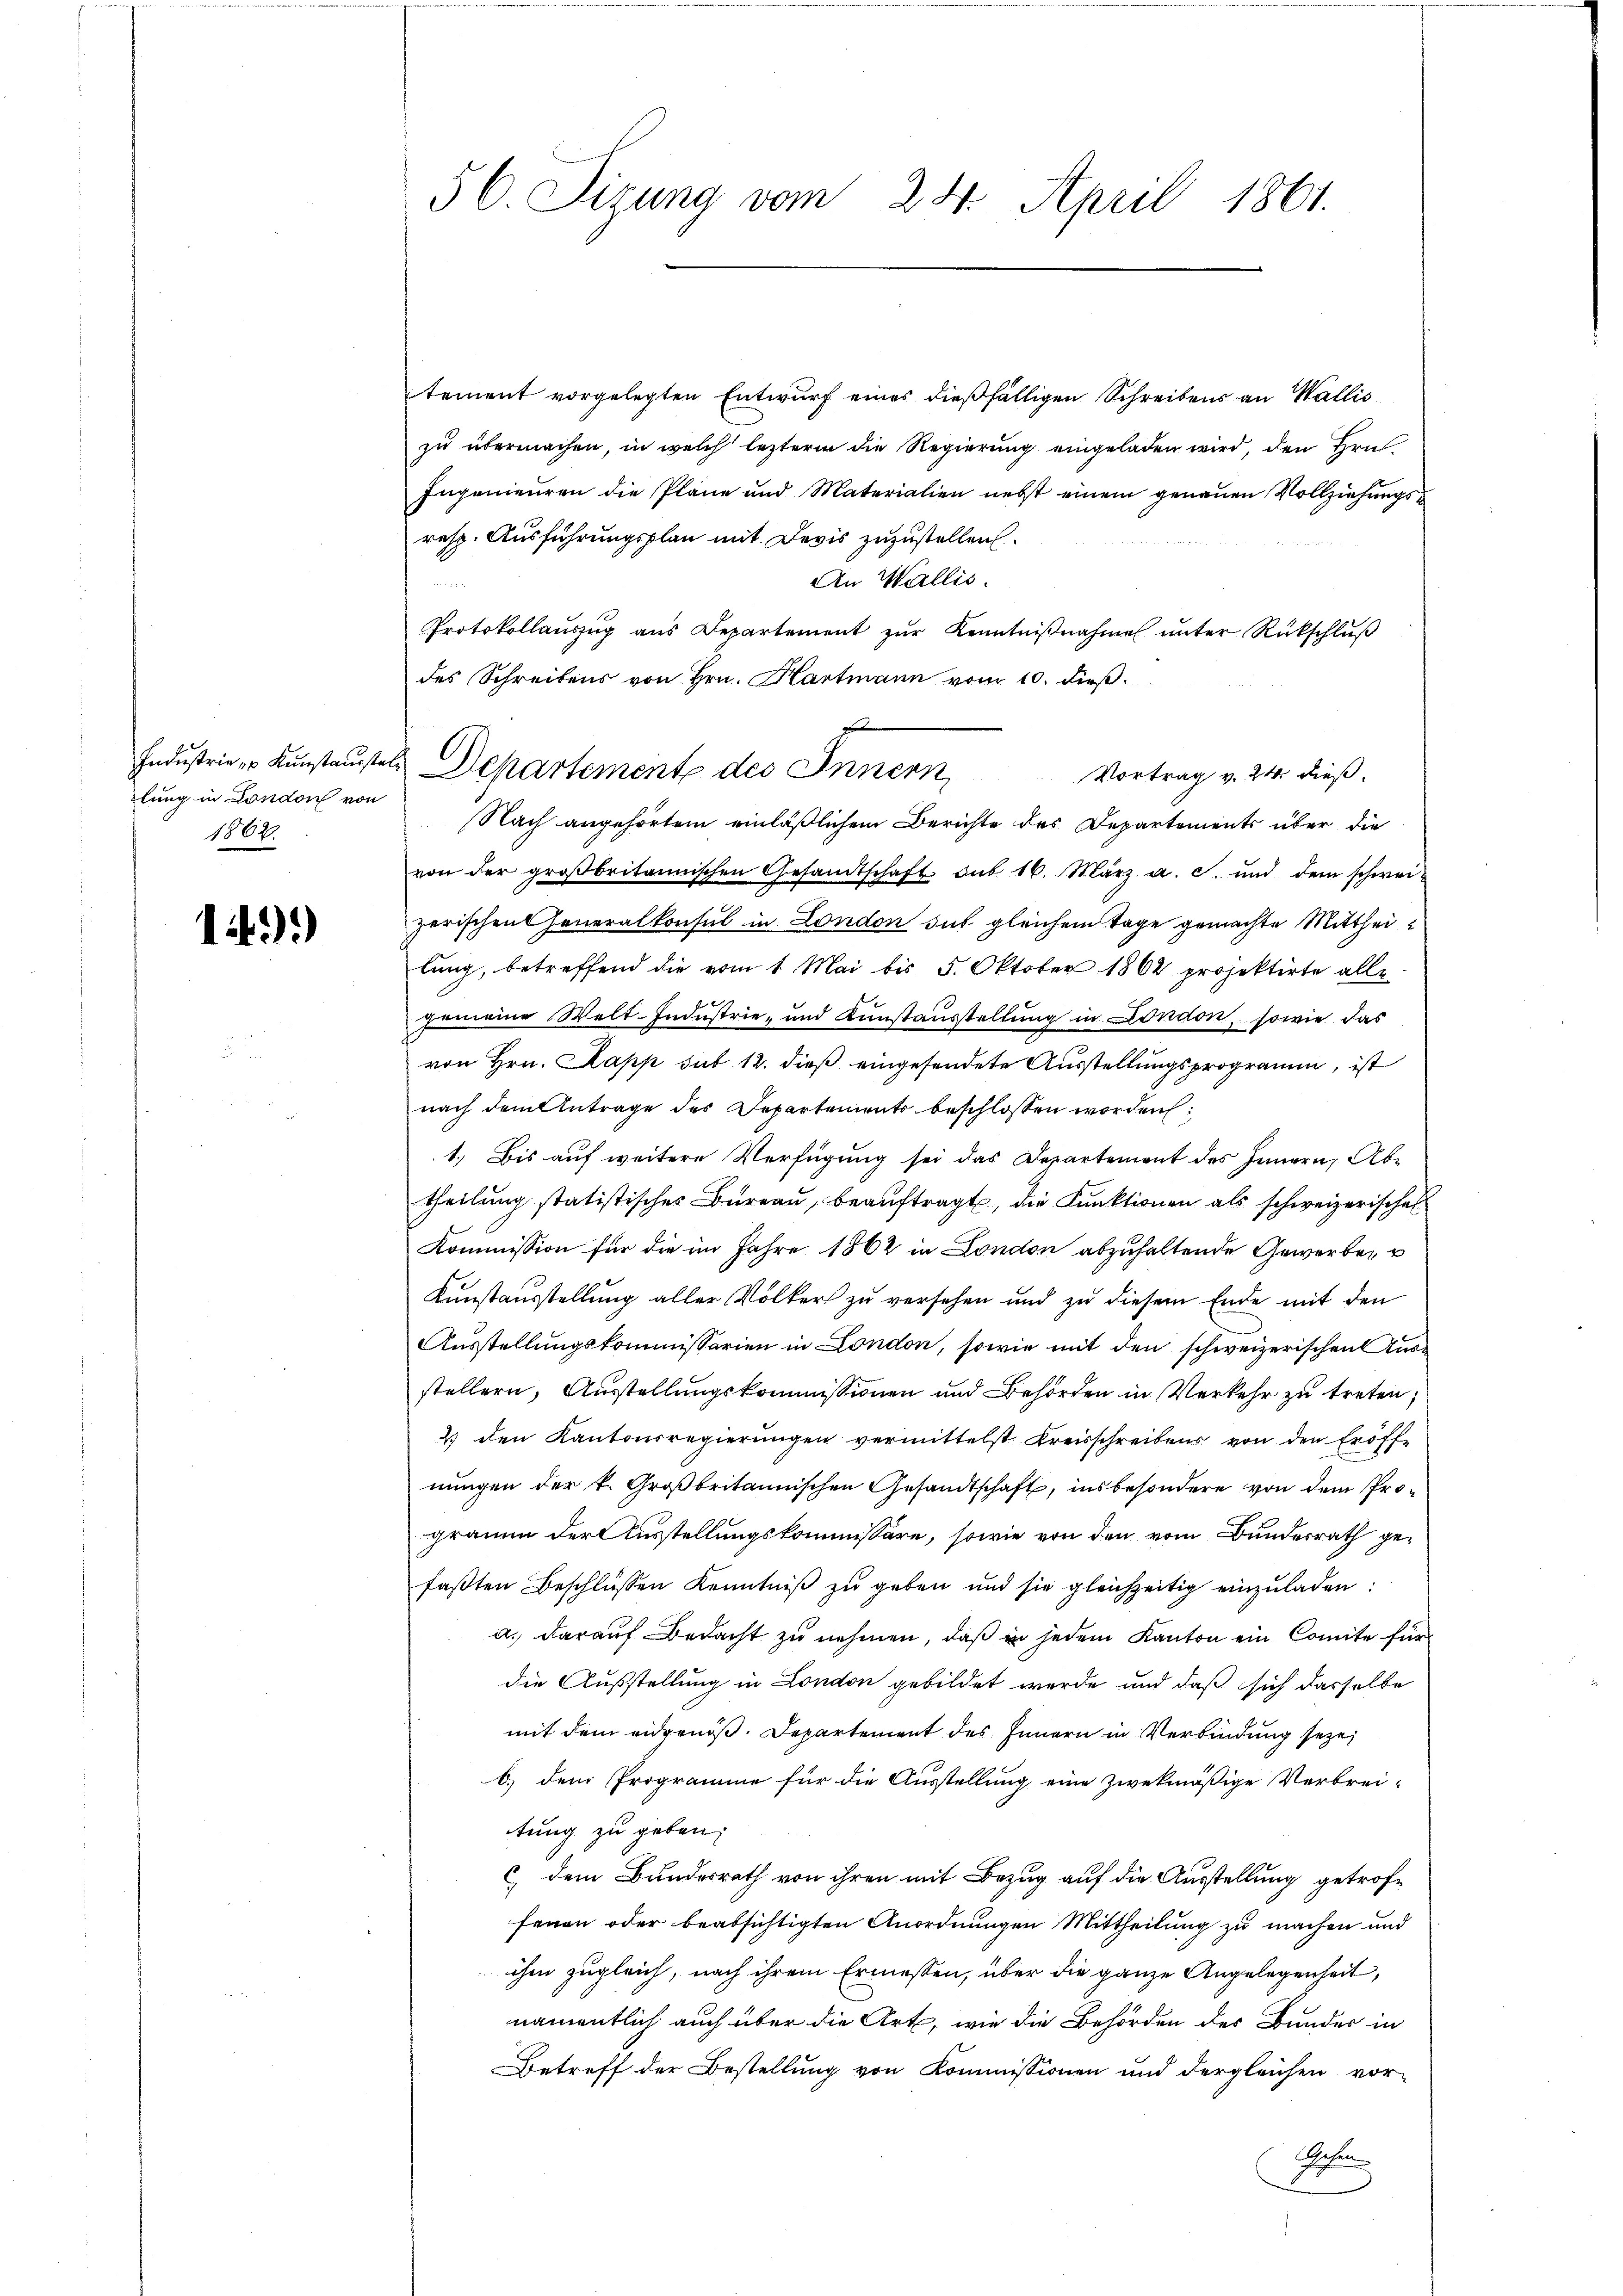
Industrie  Kunstausste
lung in London von
1862.

1491)

56 Sizung vom 24. April 1861.

tement vorgelegten Entwurf eines dießfälligen Schreibens an Wallis
zu übermachen, in welch lezterm die Regierung eingeladen wird, den Hrn.
Ingenieuren die Pläne und Materialien nebst einem genauen Vollziehungs¬
resp. Ausführungsplan mit Devis zuzustellen.
An Wallis.
2
Protokollaŭszŭg ans Departement zŭr Kenntniβnahme ŭnter Rückschlŭβ
des Schreibens von Hrn. Hartmann vom 10. dieß.
Nach angehörtem einläßlichem Berichte des Departements über die
von der groβbritannischen Gesandtschaft sub 16. März a. c. und dem schwei-
zerischen Generalkonsul in London gut gleichem Tage gemachte Mittheilung, betreffend die vom 1. Mai bis 5. Oktober 1862 projektirte alle
emeine Welt-Industrie- und Kunstausstellung in London, sowie das
von Hrn. Papp sub 12. dieß eingesendete Ausstellungsprogramm, ist
nach dem Antrage des Departements beschlossen worden:
1.) Bis auf weitere Verfügung sei das Departement des Innern, Abtheilung statistisches Bureau, beauftragt, die Funktionen als schweizerische
Kommission für die im Jahre 1862 in London abzuhaltende Gewerben u
Kunstausstellung aller Völker zu versehen und zu diesem Ende mit den
Ausstellungskommissarien in London, sowie mit den schweizerischen Ausstellern, Ausstellungskommissionen und Behörden in Verkehr zu treten,
2. den Kantonsregierŭngen vermittelst Kreisschreibens von den Eröffe
nungen der k. Großbritannischen Gesandtschaft, insbesondere von dem Prograum der Ausstellungskommissäre, sowie von den vom Bunderrath gefaβten Beschlüssen Kenntniβ zŭ geben und sie gleichzeitig einzŭladen:
a. darauf Bedacht zu nehmen, daß in jedem Kanton ein Comite für
die Ausstellung in London gebildet werde und daß sich dasselbe
mit dem eidgenoß. Departement des Innern in Verbindung seye,
b.) dem Programme für die Ausstellung eine zwekmäßige Verbrei-
tung zu geben:
c dem Bundesrath von ihren mit Bezug auf die Ausstellung getroffenen oder beabsichtigten Anordnungen Mittheilung zu machen und
ihm zugleich, nach ihrem Ermessen, über die ganze Angelegenheit,
namentlich auch über die Art, wie die Behörden des Bundes in
Betreff der Bestellung von Kommissionen und dergleichen vor-
Getung

Departemente des Innern Vortrag v. 214. dieß¬